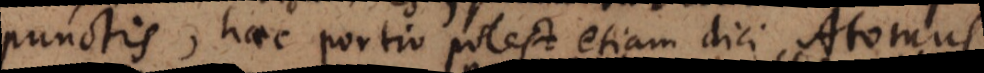
punctis, haec portio potest etiam dici Atomus.